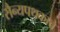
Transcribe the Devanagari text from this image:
सैन्यपथकाचे